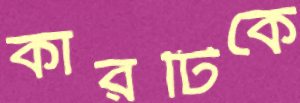
কারটিকে